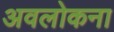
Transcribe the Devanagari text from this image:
अवलोकना